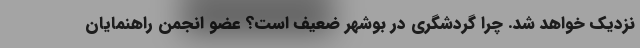
نزدیک خواهد شد. چرا گردشگری در بوشهر ضعیف است؟ عضو انجمن راهنمایان